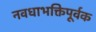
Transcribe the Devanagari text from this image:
नवधाभक्तिपूर्वक